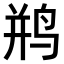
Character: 𫛨